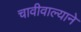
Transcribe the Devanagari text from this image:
चावीवाल्याने